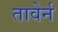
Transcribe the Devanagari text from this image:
तावेर्न